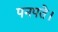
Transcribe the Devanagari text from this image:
पनपते।